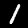
Label: 1